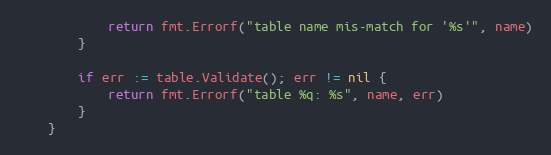
Language: Go
			return fmt.Errorf("table name mis-match for '%s'", name)
		}

		if err := table.Validate(); err != nil {
			return fmt.Errorf("table %q: %s", name, err)
		}
	}